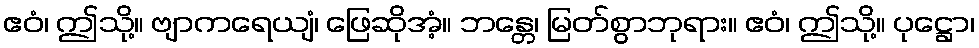
ဧဝံ၊ ဤသို့။ ဗျာကရေယျံ၊ ဖြေဆိုအံ့။ ဘန္တေ၊ မြတ်စွာဘုရား။ ဧဝံ၊ ဤသို့။ ပုဋ္ဌော၊